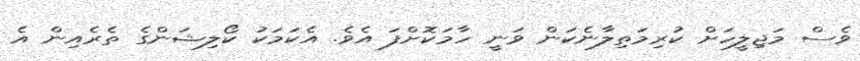
ވެސް މަޖިލީހަށް ކުރިމަތިލާނެކަން ވަނީ ހާމަކޮށްފަ އެވެ. އެކަމަކު ކޯލިޝަންގެ ތެރެއިން އެ